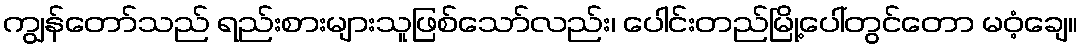
ကျွန်တော်သည် ရည်းစားများသူဖြစ်သော်လည်း၊ ပေါင်းတည်မြို့ပေါ်တွင်တော မဝံ့ချေ။